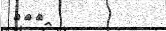
٢٣٤